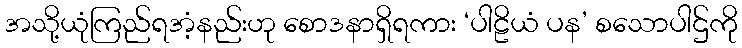
အသို့ယုံကြည်ရအံ့နည်းဟု စောဒနာရှိရကား ‘ပါဠိယံ ပန’ စသောပါဌ်ကို